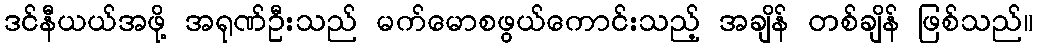
ဒင်နီယယ်အဖို့ အရုဏ်ဦးသည် မက်မောစဖွယ်ကောင်းသည့် အချိန် တစ်ချိန် ဖြစ်သည်။